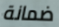
ضمانة